Indian journal of veterinary science and animal husbandry - Volumes 15-17, 1948-1951
Year: 1948
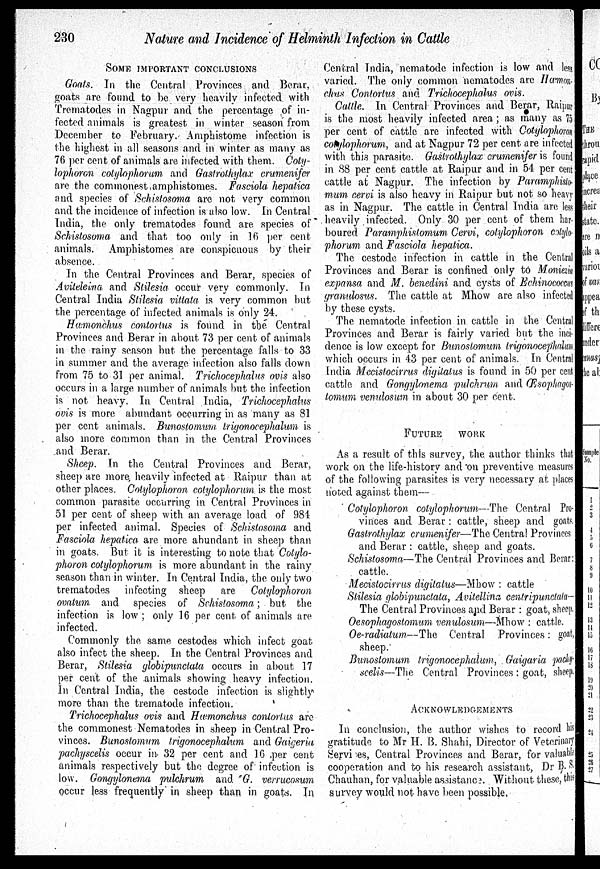
230
Nature and Incidence of Helminth Infection in Cattle
SOME IMPORTANT CONCLUSIONS
Goats. In the Central Provinces and Berar,
goats are found to be very heavily infected with
Trematodes in Nagpur and the percentage of in-
fected animals is greatest in winter season from
December to February. Amphistome infection is
the highest in all seasons and in winter as many as
76 per cent of animals are infected with them. Coty-
lophoron cotylophorum and Gastrothylax crumenifer
are the commonest amphistomes. Fasciola hepatica
and species of Schistosoma are not very common
and the incidence of infection is also low. In Central
India, the only trematodes found are species of
Schistosoma and that too only in 16 per cent
animals. Amphistomes are conspicuous by their
absence.
In the. Central Provinces and Berar, species of
Aviteleina and Stilesia occur very commonly. In
Central India Stilesia vittata is very common but
the percentage of infected animals is only 24.
Hæmonchus contortus is found in the Central
Provinces and Berar in about 73 per cent of animals
in the rainy season but the percentage falls to 33
in summer and the average infection also falls down
from 75 to 31 per animal. Trichocephalus ovis also
occurs in a large number of animals but the infection
is not heavy. In Central India, Trichocephalus
ovis is more abundant occurring in as many as 81
per cent animals. Bunostomum trigonocephalum is
also more common than in the Central Provinces
and Berar.
Sheep. In the Central Provinces and Berar,
sheep are more, heavily infected at Raipur than at
other places. Cotylophoron cotylophorum is the most
common parasite occurring in Central Provinces in
51 per cent of sheep with an average load of 984
per infected animal. Species of Schistosoma and
Fasciola hepatica are more abundant in sheep than
in goats. But it is interesting to note that Cotylo-
phoron cotylophorum is more abundant in the rainy
season than in winter. In Central India, the only two
trematodes infecting sheep are Cotylophoron
ovatum and species of Schistosoma; but the
infection is low; only 16 per cent of animals are
infected.
Commonly the same cestodes which infect goat
also infect the sheep. In the Central Provinces and
Berar, Stilesia globipunctata occurs in about 17
per cent of the animals showing heavy infection.
In Central India, the cestode infection is slightly
more than the trematode infection.
Trichocephalus ovis and Hæmonchus contortus are
the commonest Nematodes in sheep in Central Pro-
vinces. Bunoslomum trigonocephalum and Gaigeria
pachyscelis occur in 32 per cent and 16 per cent
animals respectively but the degree of infection is
low. Gongylonema pulchrum and G. verrucosum
occur less frequently in sheep than in goats. In
Central India, nematode infection is low and less
varied. The only common nematodes are Hæmon-
chus Contortus and Trichocephalus ovis.
Cattle. In Central Provinces and Berar, Raipur
is the most heavily infected area ; as many as 75
per cent of cattle are infected with Cotylophoron
cotylophorum, and at Nagpur 72 per cent are infected
with this parasite. Gastrothylax crumenifer is found
in 88 per cent cattle at Raipur and in 54 per cent
cattle at Nagpur. The infection by Paramphisto-
mum cervi is also heavy in Raipur but not so heavy
as in Nagpur. The cattle in Central India are less
heavily infected. Only 30 per cent of them har-
boured Paramphistomum Cervi, cotylophoron cotylo-
phorum and Fasciola hepatica.
The cestode infection in cattle in the Central
Provinces and Berar is confined only to Moniezia
expansa and M. benedini and cysts of Echinococcus
granulosus. The cattle at Mhow are also infected
by these cysts.
The nematode infection in cattle in the Central
Provinces and Berar is fairly varied but the inci-
dence is low except for Bunostomum trigonocephalum
which occurs in 43 per cent of animals. In Central
India Mecistocirrus digitatus is found in 50 per cent
cattle and Gongylonema pulchrum and Œsophagos-
tomum venulosum in about 30 per cent.
FUTURE WORK
As a result of this survey, the author thinks that
work on the life-history and on preventive measures
of the following parasites is very necessary at places
noted against them—
Cotylophoron cotylophorum—The Central Pro-
vinces and Berar : cattle, sheep and goats.
Gastrothylax crumenifer—The Central Provinces
and Berar : cattle, sheep and goats.
Schistosoma—The Central Provinces and Berar:
cattle.
Mecistocirrus digitatus—Mhow : cattle
Stilesia globipunctata, Avitellina centripunctata-
The Central Provinces and Berar : goat, sheep.
Oesophagostomum venulosum—Mhow : cattle.
Oe-radiatum—The Central Provinces : goat,
sheep.
Bunostomum trigonocephalum, Gaigaria pochy-
scelis—The Central Provinces : goat, sheep.
ACKNOWLEDGEMENTS
In conclusion, the author wishes to record his
gratitude to Mr H. B. Shahi, Director of Veterinary
Services, Central Provinces and Berar, for valuable
cooperation and to his research assistant, Dr B. S.
Chauhan, for valuable assistance. Without these, this
survey would not have been possible.